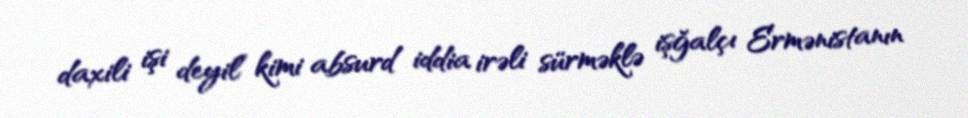
daxili işi deyil” kimi absurd iddia irəli sürməklə işğalçı Ermənistanın